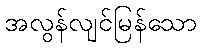
အလွန်လျင်မြန်သော